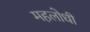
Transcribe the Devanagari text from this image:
महलोधी